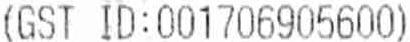
(GST ID:001706905600)